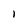
Character: I